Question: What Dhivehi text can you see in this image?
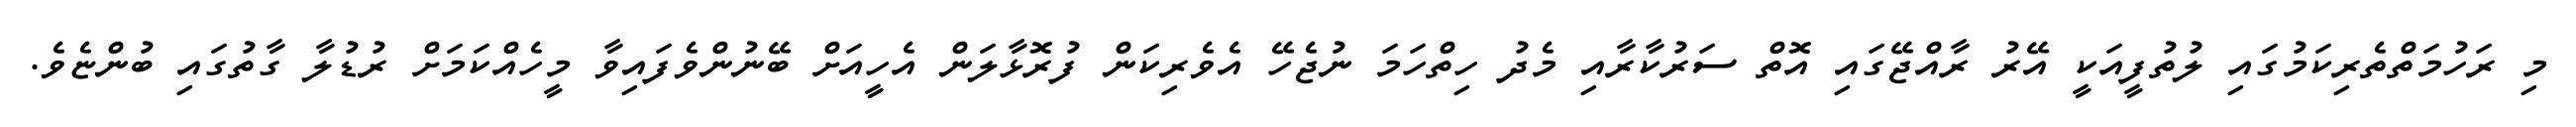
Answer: މި ރަހުމަތްތެރިކަމުގައި ލުތުފީއަކީ އޭރު ރާއްޖޭގައި އޮތް ސަރުކާރާއި މެދު ހިތްހަމަ ނުޖެހޭ އެވެރިކަން ފުރޮޅާލަން އެހީއަށް ބޭނުންވެފައިވާ މީހެއްކަމަށް ރުޑުލާ ގާތުގައި ބުންޏެވެ.